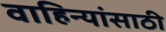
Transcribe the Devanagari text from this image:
वाहिन्यांसाठी